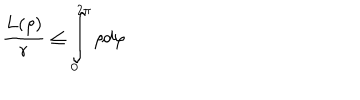
\frac { L ( \rho ) } { r } \leq \int _ { 0 } ^ { 2 \pi } \rho d \varphi